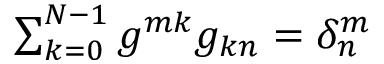
\begin{array} { r } { \sum _ { k = 0 } ^ { N - 1 } g ^ { m k } g _ { k n } = \delta _ { n } ^ { m } } \end{array}